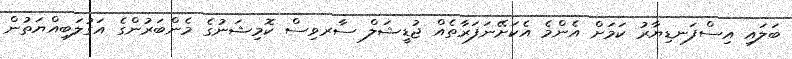
ބަލައި އިސްފަނޑިޔާރު ކަމަށް އެންމެ އެކަށޭނަފަރާތެއް ޖުޑީޝަލް ސާރވިސް ކޮމިޝަނުގެ މެންބަރުންގެ އަގުލަބިއްޔަތުން